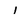
Character: 1